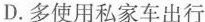
D.多使用私家车出行